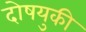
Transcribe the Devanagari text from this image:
दोषयुकी